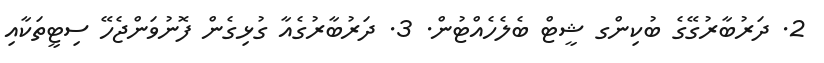
2. ދަރުބާރުގޭގެ ބުކިންގ ޝީޓް ބެލެހެއްޓުން. 3. ދަރުބާރުގެއާ ގުޅިގެން ފޮނުވަންޖެހޭ ސިޓީތަކާއި